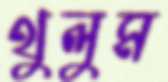
থুলুম